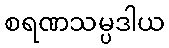
စရဏသမ္ပဒါယ